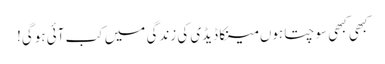
کبھی کبھی سوچتا ہوں مینکا ڈیڈی کی زندگی میں کب آئی ہوگی!